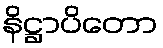
နိဋ္ဌာပိတော